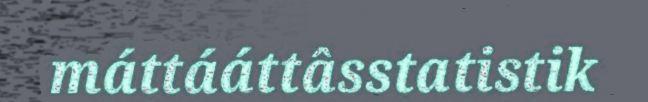
máttááttâsstatistik